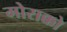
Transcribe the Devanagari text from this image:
मोराक्को